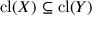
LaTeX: \operatorname { c l } ( X ) \subseteq \operatorname { c l } ( Y )